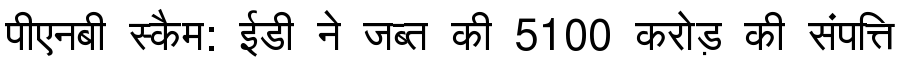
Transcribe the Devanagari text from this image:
पीएनबी स्कैम: ईडी ने जब्त की 5100 करोड़ की संपत्ति